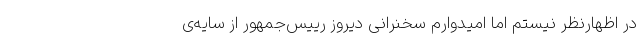
در اظهارنظر نیستم اما امیدوارم سخنرانی دیروز رییس‌جمهور از سایه‌ی